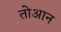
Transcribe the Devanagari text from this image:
तोआन